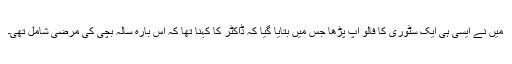
میں نے ایسی ہی ایک سٹوری کا فالو اپ پڑھا جس میں بتایا گیا کہ ڈاکٹر کا کہنا تھا کہ اس بارہ سالہ بچی کی مرضی شامل تھی۔